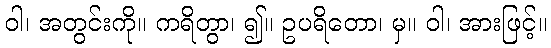
ဝါ၊ အတွင်းကို။ ကရိတွာ၊ ၍။ ဥပရိတော၊ မှ။ ဝါ၊ အားဖြင့်။